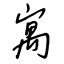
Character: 寓